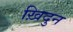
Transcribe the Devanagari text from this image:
ख़िदुन